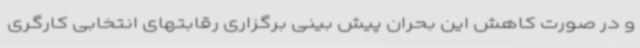
و در صورت کاهش این بحران پیش بینی برگزاری رقابتهای انتخابی کارگری